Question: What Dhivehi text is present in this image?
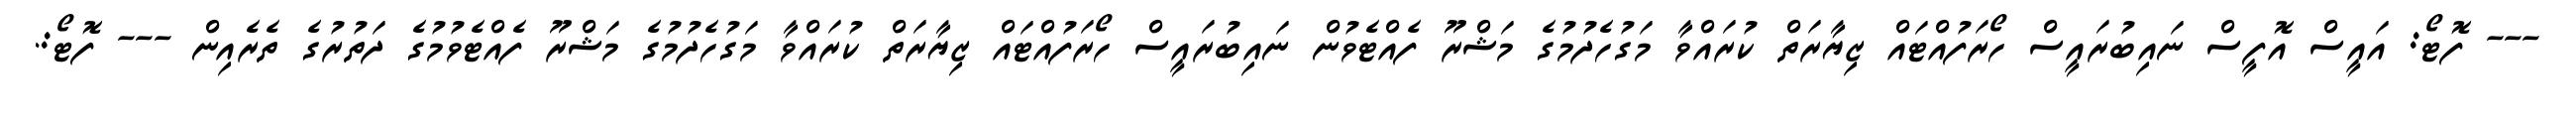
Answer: --- ފޮޓޯ: އައީސް އޮފީސް ނައިބުރައީސް ހޯރަފުއްޓައް ޒިޔާރަތް ކުރައްވާ މަގުހެދުމުގެ މަޝްރޫ ފެއްޓެވުން ނައިބުރައީސް ހޯރަފުއްޓައް ޒިޔާރަތް ކުރައްވާ މަގުހެދުމުގެ މަޝްރޫ ފެއްޓެވުމުގެ ދަތުރުގެ ތެރެއިން --- ފޮޓޯ:.